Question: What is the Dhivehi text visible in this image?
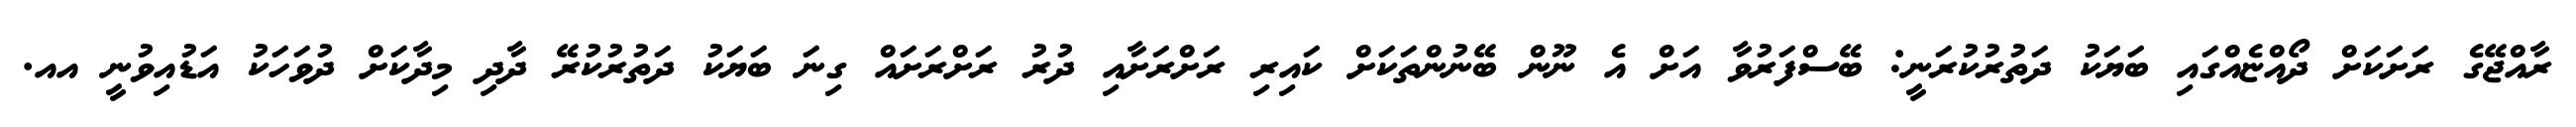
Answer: ރާއްޖޭގެ ރަށަކަށް ދޯއްޏެއްގައި ބަޔަކު ދަތުރުކުރަނީ: ބޭސްފަރުވާ އަށް އެ ނޫން ބޭނުންތަކަށް ކައިރި ރަށްރަށާއި ދުރު ރަށްރަށައް ގިނަ ބަޔަކު ދަތުރުކުރޭ ދާދި މިދާކަށް ދުވަހަކު އަޑުއިވުނީ އއ.